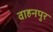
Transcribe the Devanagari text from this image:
वाहनपुर